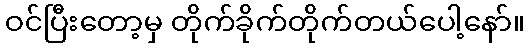
ဝင်ပြီးတော့မှ တိုက်ခိုက်တိုက်တယ်ပေါ့နော်။